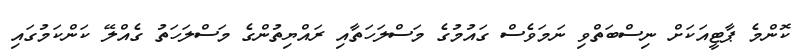
ކޮންމެ ޕާޓީއަކަށް ނިސްބަތްވި ނަަމަވެސް ގައުމުގެ މަސްލަހަތާއި ރައްޔިތުންގެ މަސްލަހަތު ގެއްލޭ ކަންކަމުގައި